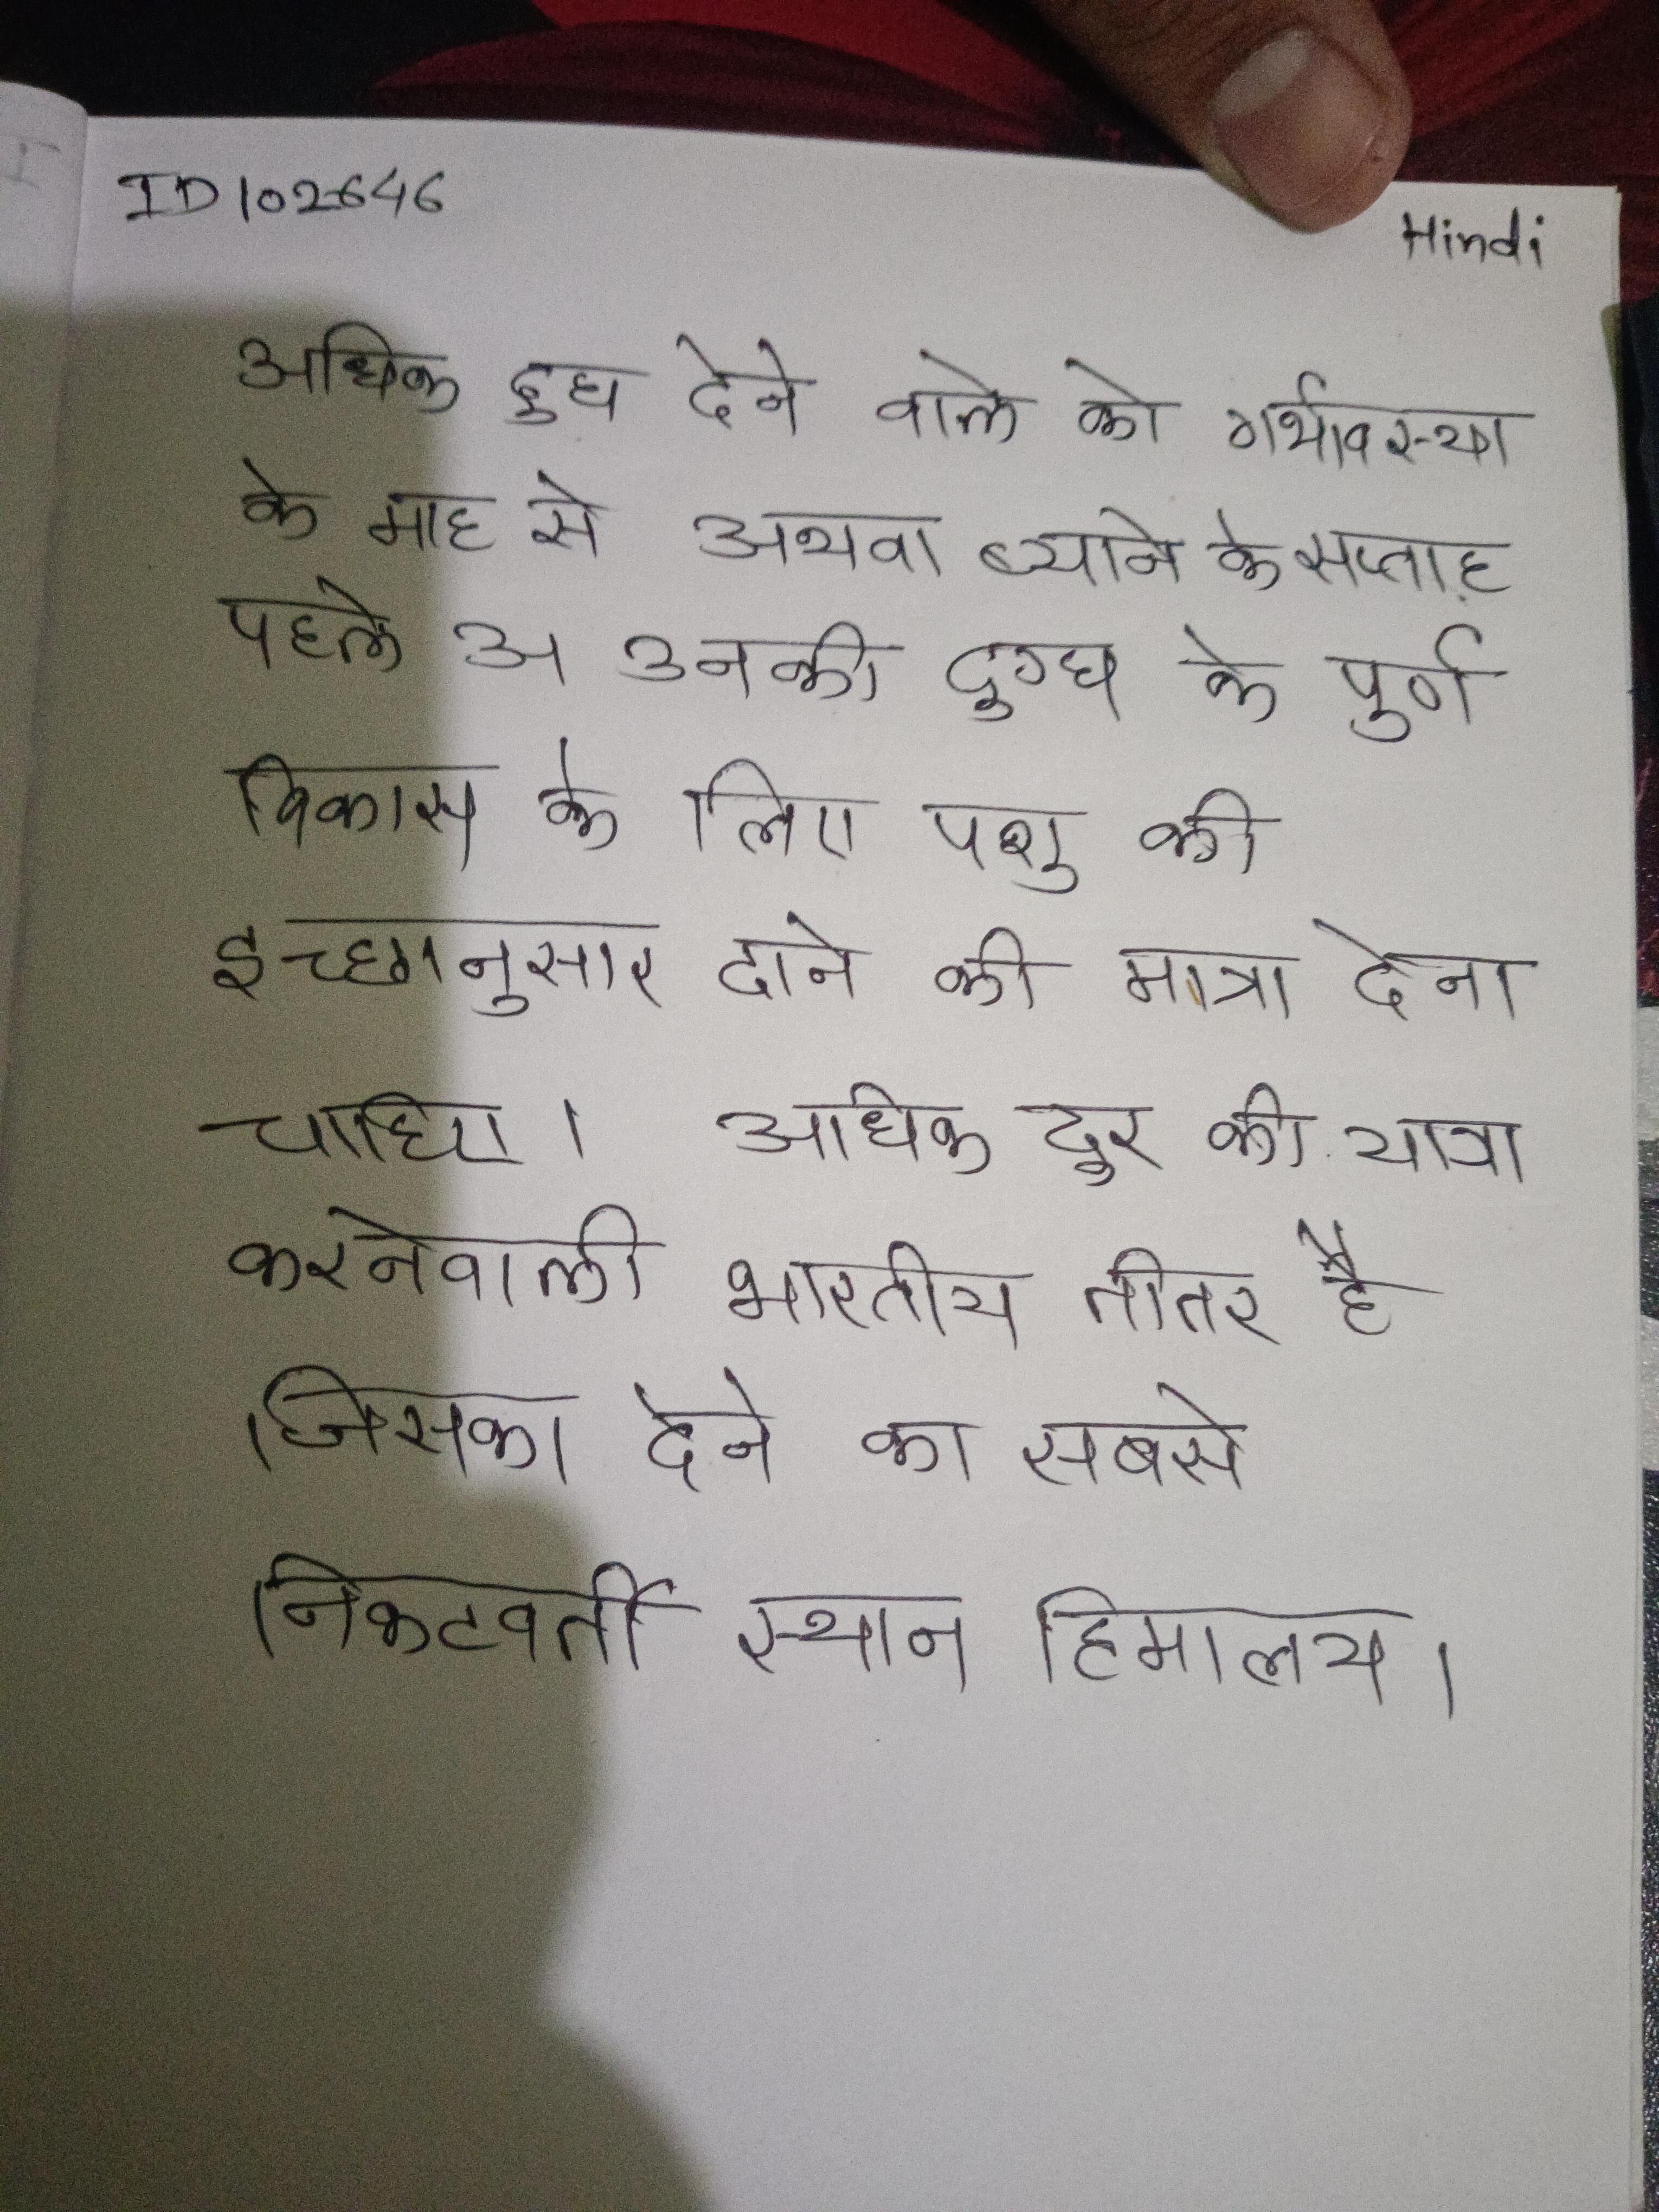
अधिक दूध देने वाले को गर्भावस्था के माह से अथवा ब्याने के सप्ताह पहले उनकी दुग्ध के पूर्ण विकास के लिए पशु की इच्छानुसार दाने की मात्रा देना चाहिए । अधिक दूर की यात्रा करनेवाली भारतीय तीतर है जिसका देने का सबसे निकटवर्ती स्थान हिमालय ।